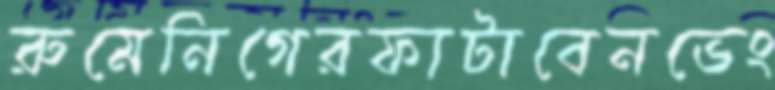
রুমেনিগেরফাটাবেনভেং